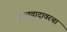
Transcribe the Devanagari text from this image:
नक्षलवादावरचा